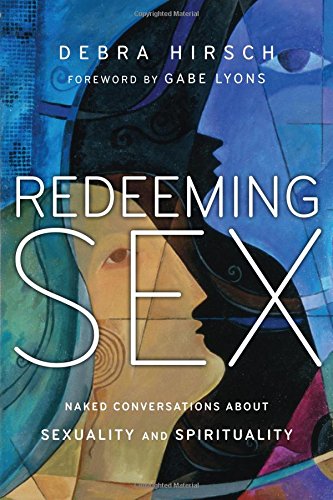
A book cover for Redeeming Sex: Naked Conversations About Sexuality and Spirituality (Forge Partnership Books); Debra Hirsch; Medical Books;